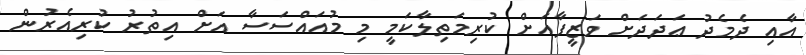
އާއި ދެމެދު ޢަދަދަށް ވަޒީފާއަށް ކުރިމަތިލާކަމީ މި މުއައްސަސާ އަށް އިތުރު ކުރިއެރުން